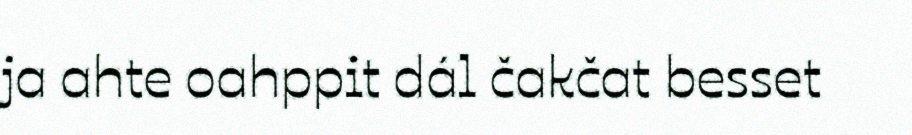
ja ahte oahppit dál čakčat besset